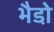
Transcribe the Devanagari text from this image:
भैडो़